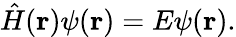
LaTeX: \hat{H}(\mathbf{r})\psi(\mathbf{r})=E\psi(\mathbf{r}).